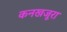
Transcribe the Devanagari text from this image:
कनखजूरा